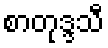
စာတုဒ္ဒသီ